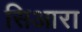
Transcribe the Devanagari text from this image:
सिआरा